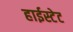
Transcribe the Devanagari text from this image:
हाईस्टेट